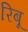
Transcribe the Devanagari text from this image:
रिबू